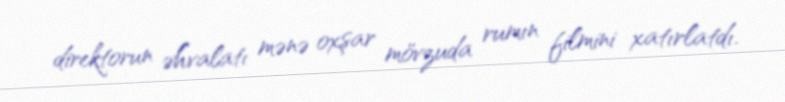
direktorun əhvalatı mənə oxşar mövzuda rumın filmini xatırlatdı.